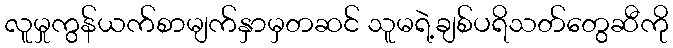
လူမှုကွန်ယက်စာမျက်နှာမှတဆင် သူမရဲ့ချစ်ပရိသတ်တွေဆီကို